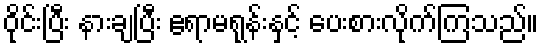
ဝိုင်းပြီး နားချပြီး ဧရာမရုန်းနှင့် ပေးစားလိုက်ကြသည်။